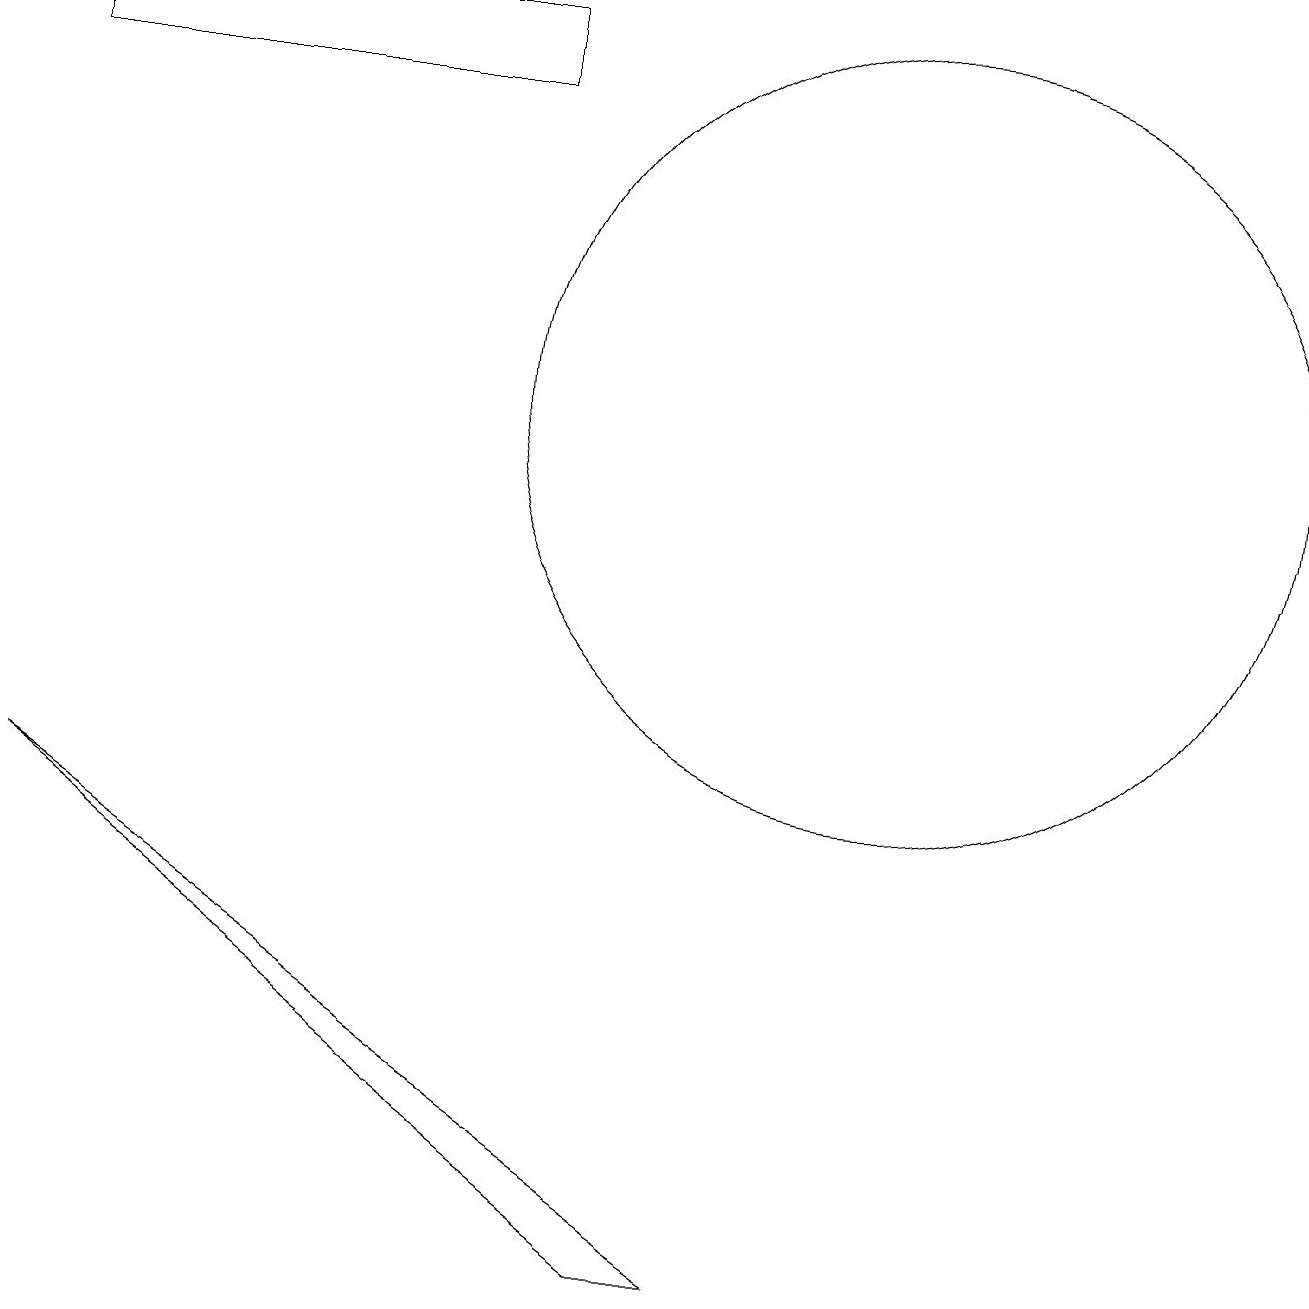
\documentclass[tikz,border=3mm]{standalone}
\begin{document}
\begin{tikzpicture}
\draw (9,0) -- (8,0) -- (0,6) -- cycle;
\draw (6,15) rectangle (0,16);
\draw (11,11) circle (5);
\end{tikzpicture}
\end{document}